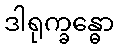
ဒါရုက္ခန္ဓော